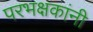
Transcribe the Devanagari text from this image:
परभक्षकांनी